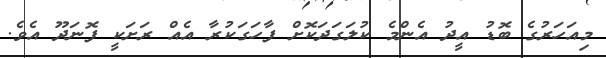
މިއަހަރުގެ ބޮޑު އީދު އެންމެ ކުލަގަދަކޮށް ފާހަގަކުރާ އެއް ރަށަކީ ފޮނަދޫ އެވެ.